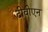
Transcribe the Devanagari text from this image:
टीवीएन